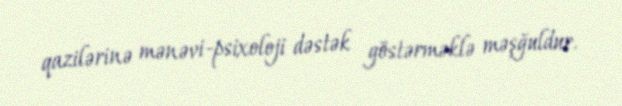
qazilərinə mənəvi-psixoloji dəstək göstərməklə məşğuldur.